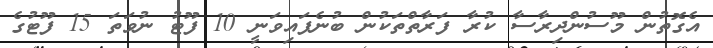
އެގޮތުން މޫސުންދިރާސާ ކުރާ ފަރާތްތަކުން ބުނެފައިވަނީ 10 ފޫޓު ނުވަތަ 15 ފޫޓުގެ